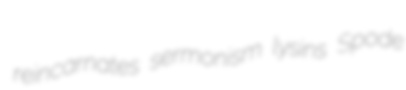
reincarnates sermonism lysins Spode